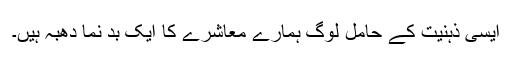
ایسی ذہنیت کے حامل لوگ ہمارے معاشرے کا ایک بد نما دھبہ ہیں۔